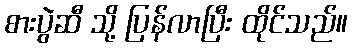
စားပွဲဆီ သို့ ပြန်လာပြီး ထိုင်သည်။